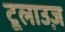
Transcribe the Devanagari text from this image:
टूलाउज़